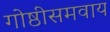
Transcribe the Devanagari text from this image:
गोष्ठीसमवाय